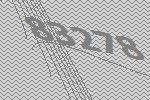
83278